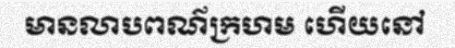
មានលាបពណ៌ក្រហម ហើយនៅ